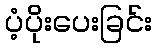
ပံ့ပိုးပေးခြင်း